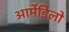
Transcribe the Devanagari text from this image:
आर्मेडिलो